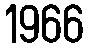
1966